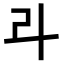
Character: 𠦁